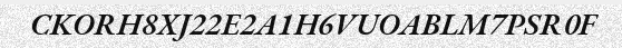
CKORH8XJ22E2A1H6VUOABLM7PSR0F